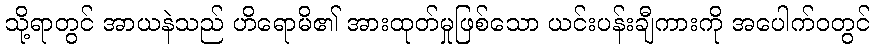
သို့ရာတွင် အာယနဲသည် ဟိရောမိ၏ အားထုတ်မှုဖြစ်သော ယင်းပန်းချီကားကို အပေါက်ဝတွင်